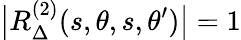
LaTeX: \big|R_{\Delta}^{(2)}(s,\theta,s,\theta^{\prime})\big|=1